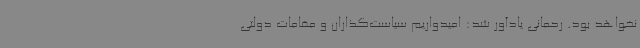
نخواهد بود. رحمانی یادآور شد: امیدواریم سیاست‌گذاران و مقامات دولتی